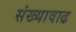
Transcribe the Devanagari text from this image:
संख्यावाढ